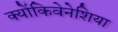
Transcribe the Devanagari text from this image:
क्योंकिवेनेशिया